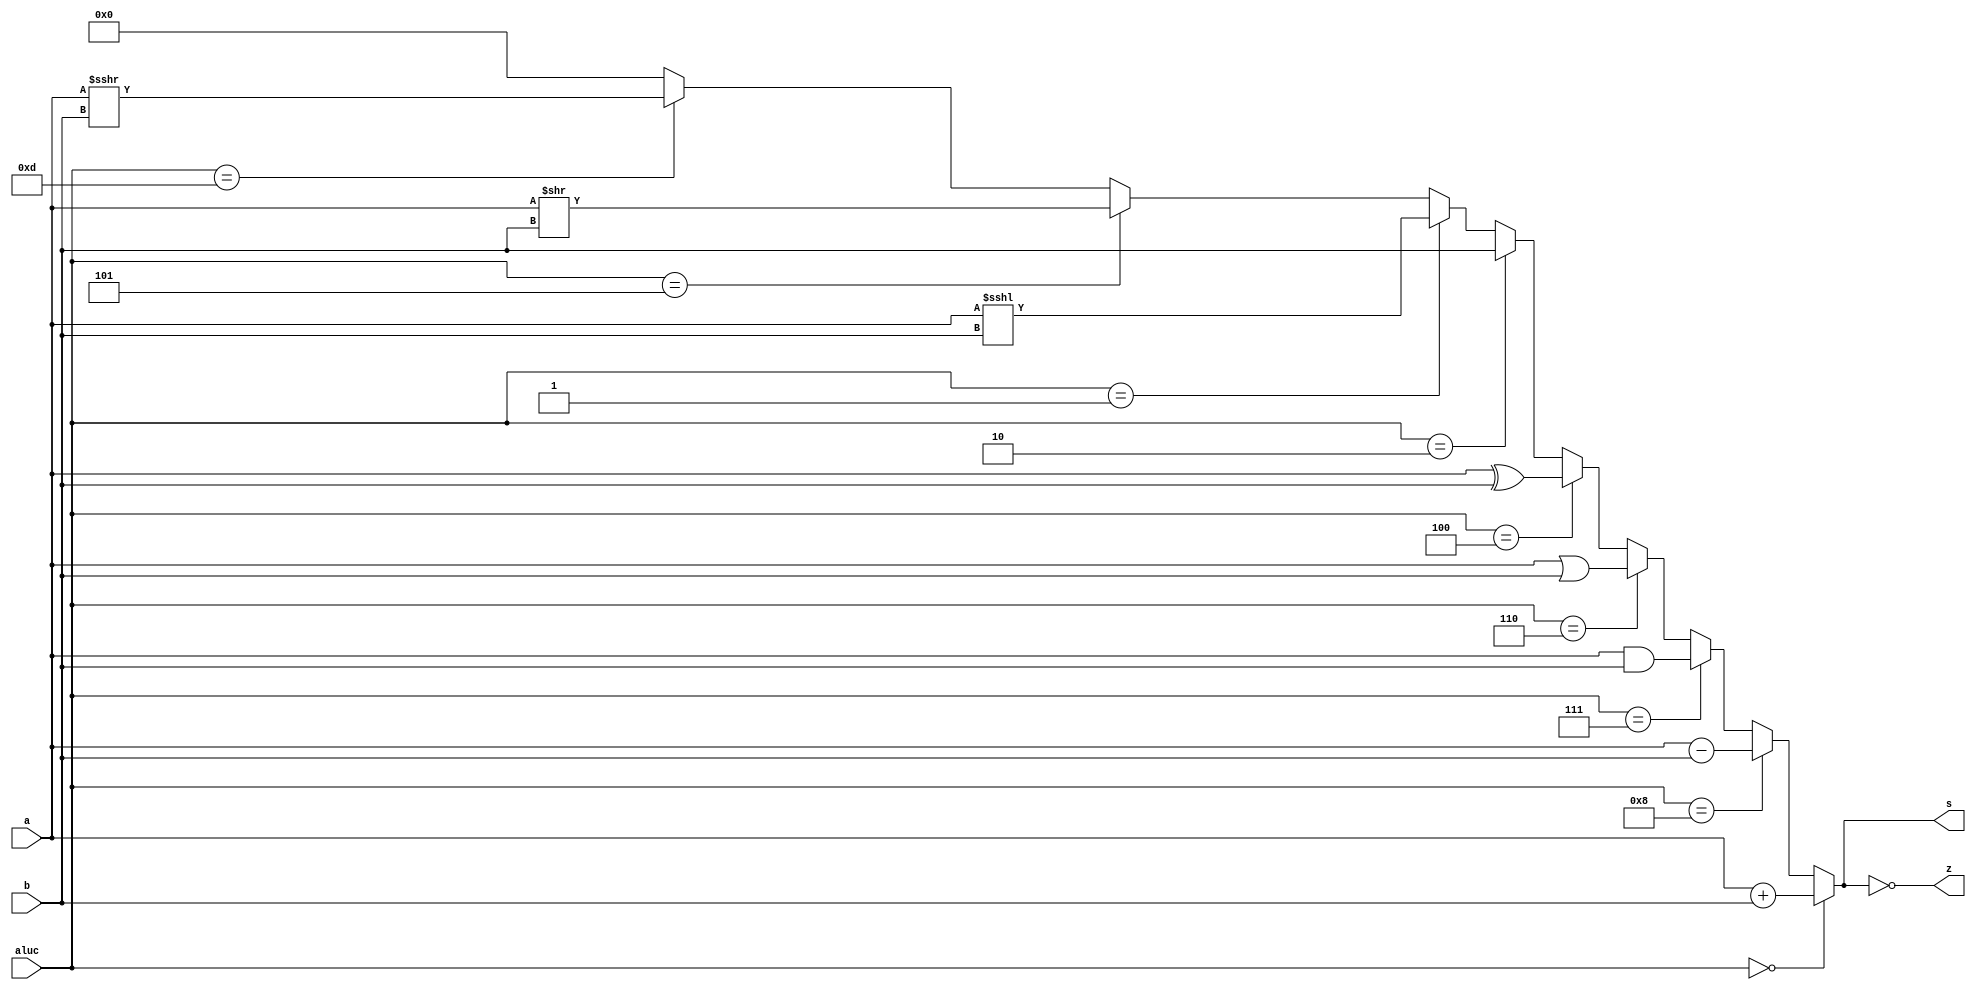
`timescale 1ns / 1ps

module alu (a,b,aluc,s,z);
   input [31:0] a,b;
   input [3:0] aluc;
   output [31:0] s;
   output        z;
   wire z;
   wire [31:0] s;
   assign  s = (aluc == 4'b0000)? a + b: 
               (aluc == 4'b1000)? a - b:
               (aluc == 4'b0111)? a & b:
               (aluc == 4'b0110)? a | b:
               (aluc == 4'b0100)? a ^ b:
               (aluc == 4'b0010)? b    :
               (aluc == 4'b0001)? a <<< b:
               (aluc == 4'b0101)? a >> b: // logical
               (aluc == 4'b1101)? $signed($signed(a) >>> b): // arithmetic
               0;
  assign z = (s == 0); 
endmodule